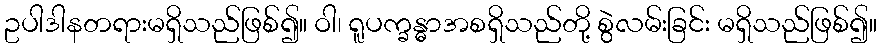
ဥပါဒါနတရားမရှိသည်ဖြစ်၍။ ဝါ၊ ရူပက္ခန္ဓာအစရှိသည်တို့ စွဲလမ်းခြင်း မရှိသည်ဖြစ်၍။